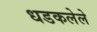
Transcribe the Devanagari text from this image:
धडकलेले